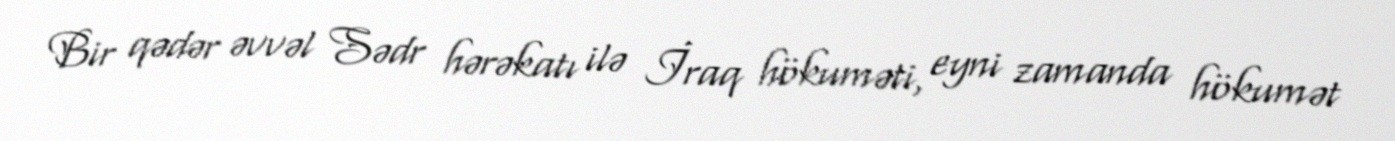
Bir qədər əvvəl Sədr hərəkatı ilə İraq hökuməti, eyni zamanda hökumət